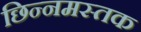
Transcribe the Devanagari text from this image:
छिन्नमस्तक